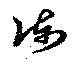
陳